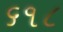
૬૧૮